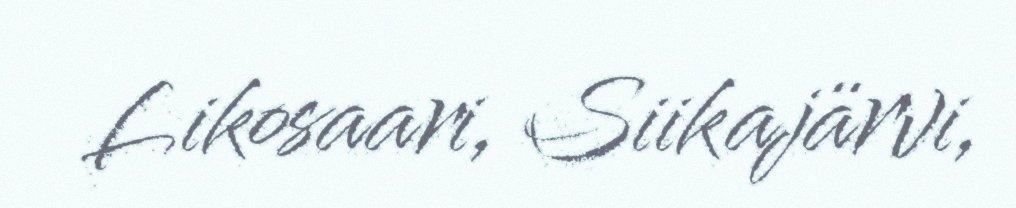
Likosaari, Siikajärvi,